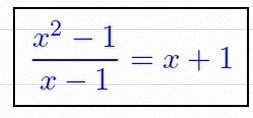
\frac{x^2-1}{x-1}=x+1